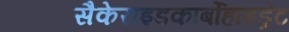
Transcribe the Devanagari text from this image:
सैकेराइडकार्बोहाइड्रेट